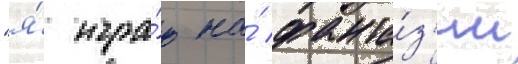
"я́ игра́ю на́ фанта́з'ии